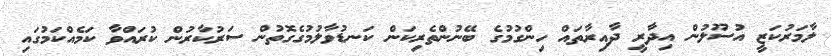
ލާމަރުކަޒީ އުސޫލުން އިދާރީ ދާއިރާތައް ހިންގުމުގެ ބޭނުންތެރިކަން ކަނޑުވާލުމުގެގޮތުން ސަރުކާރުން ކުރައްވާ ކަމެއްކަމުގައި